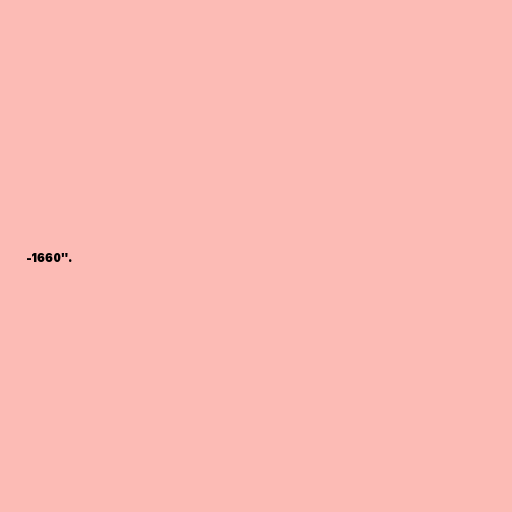
-1660".